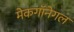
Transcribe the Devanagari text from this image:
मेकगॉनेगल